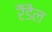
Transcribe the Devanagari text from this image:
रैंडैल